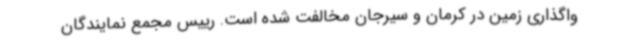
واگذاری زمین در کرمان و سیرجان مخالفت شده است. رییس مجمع نمایندگان